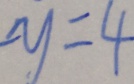
- y = 4